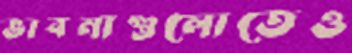
ভাবনাগুলোতেও